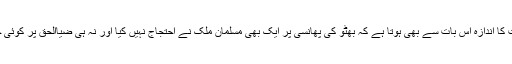
امریکی مداخلت کا اندازہ اس بات سے بھی ہوتا ہے کہ بھٹو کی پھانسی پر ایک بھی مسلمان ملک نے احتجاج نہیں کیا اور نہ ہی ضیاالحق پر کوئی خاص دباؤ ڈالا۔